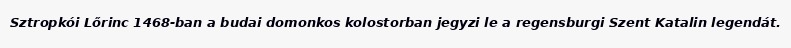
Sztropkói Lőrinc 1468-ban a budai domonkos kolostorban jegyzi le a regensburgi Szent Katalin legendát.